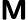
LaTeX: \boldsymbol{\mathsf{M}}